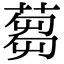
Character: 蒭